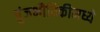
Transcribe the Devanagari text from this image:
पुंजभौतिकीमध्ये